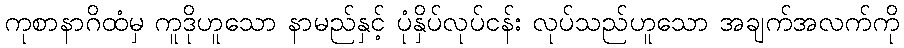
ကုစာနာဂိထံမှ ကူဒိုဟူသော နာမည်နှင့် ပုံနှိပ်လုပ်ငန်း လုပ်သည်ဟူသော အချက်အလက်ကို